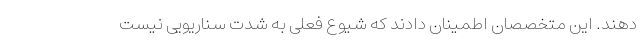
دهند. این متخصصان اطمینان دادند که شیوع فعلی به شدتِ سناریویی نیست